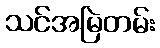
သင်အမြဲတမ်း